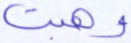
وهبت